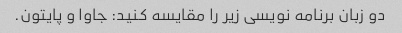
دو زبان برنامه نویسی زیر را مقایسه کنید: جاوا و پایتون.